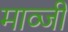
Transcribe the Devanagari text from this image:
माव्जी